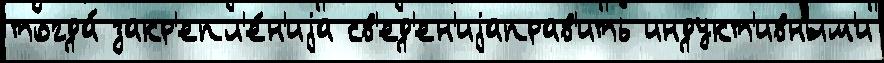
тогда́ закр'епл'е́н'иjа св'ед'ен'иjаправ'ить индукт'ивным'и